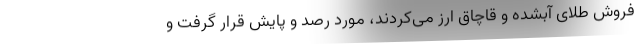
فروش طلای آبشده و قاچاق ارز می‌کردند، مورد رصد و پایش قرار گرفت و